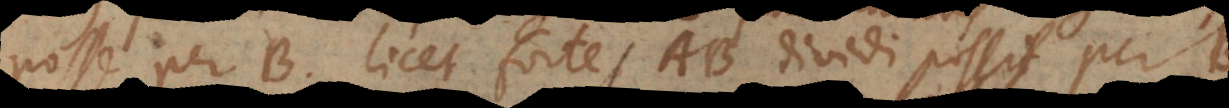
posse per B, licet forte AB dividi possit per B.